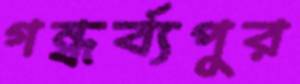
গন্ধর্ব্যপুর